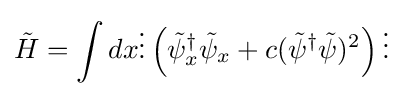
{\tilde {H}}=\int dx\vdots \left({\tilde {\psi }}_{x}^{\dagger }{\tilde {\psi }}_{x}+c({\tilde {\psi }}^{\dagger }{\tilde {\psi }})^{2}\right)\vdots